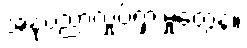
အနုပညာလှုပ်ရှားမှုတွေနဲ့။